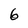
Character: 6